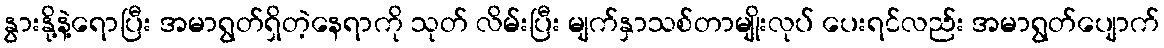
နွားနို့နဲ့ရောပြီး အမာရွတ်ရှိတဲ့နေရာကို သုတ် လိမ်းပြီး မျက်နှာသစ်တာမျိုးလုပ် ပေးရင်လည်း အမာရွတ်ပျောက်